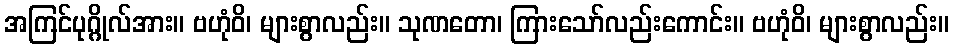
အကြင်ပုဂ္ဂိုလ်အား။ ဗဟုံဝိ၊ များစွာလည်း။ သုဏတော၊ ကြားသော်လည်းကောင်း။ ဗဟုံဝိ၊ များစွာလည်း။